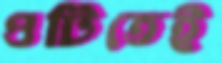
ওটিতেই